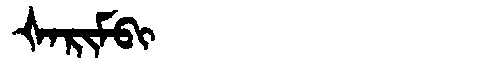
Manchu: ᡧᠠᡵᡳᠮᠪᡳ
Romanization: ŠARIMBI